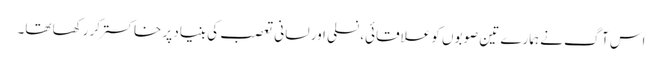
اس آگ نے ہمارے تین صوبوں کو علاقائی، نسلی اور لسانی تعصب کی بنیاد پر خاکستر کر رکھا تھا۔